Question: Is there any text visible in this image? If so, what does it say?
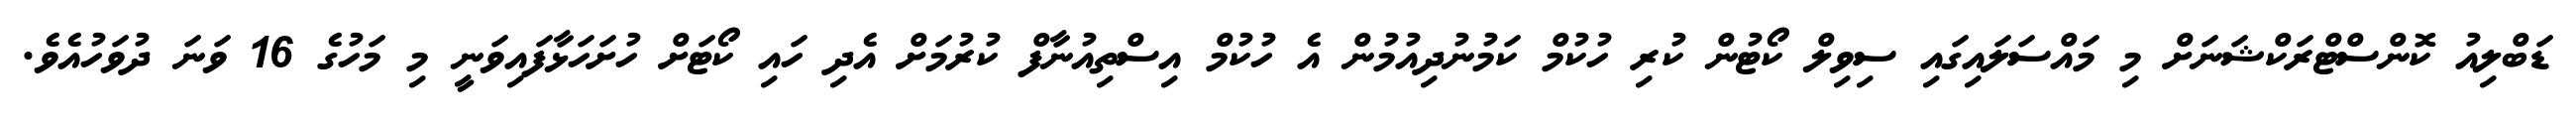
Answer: ޑަބްލިއު ކޮންސްޓްރަކްޝަނަށް މި މައްސަލައިގައި ސިވިލް ކޯޓުން ކުރި ހުކުމް ކަމުނުދިއުމުން އެ ހުކުމް އިސްތިއުނާފް ކުރުމަށް އެދި ހައި ކޯޓަށް ހުށަހަޅާފައިވަނީ މި މަހުގެ 16 ވަނަ ދުވަހުއެވެ.